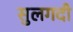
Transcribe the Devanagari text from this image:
सुलगदी